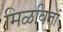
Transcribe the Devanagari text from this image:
मिळवितां